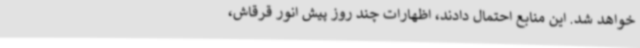
خواهد شد. این منابع احتمال دادند، اظهارات چند روز پیش انور قرقاش،